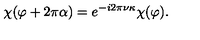
\chi ( \varphi + 2 \pi \alpha ) = e ^ { - i 2 \pi \nu \kappa } \chi ( \varphi ) .